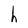
Character: h